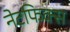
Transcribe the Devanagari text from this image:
नेटफिक्स